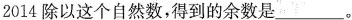
2014除以这个自然数，得到的余数是____。